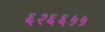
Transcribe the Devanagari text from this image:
६२६६५५